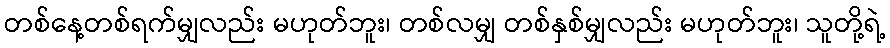
တစ်နေ့တစ်ရက်မျှလည်း မဟုတ်ဘူး၊ တစ်လမျှ တစ်နှစ်မျှလည်း မဟုတ်ဘူး၊ သူတို့ရဲ့